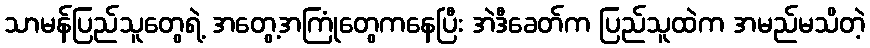
သာမန်ပြည်သူတွေရဲ့ အတွေ့အကြုံတွေကနေပြီး အဲဒီခေတ်က ပြည်သူထဲက အမည်မသိတဲ့